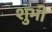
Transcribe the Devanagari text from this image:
शुभी